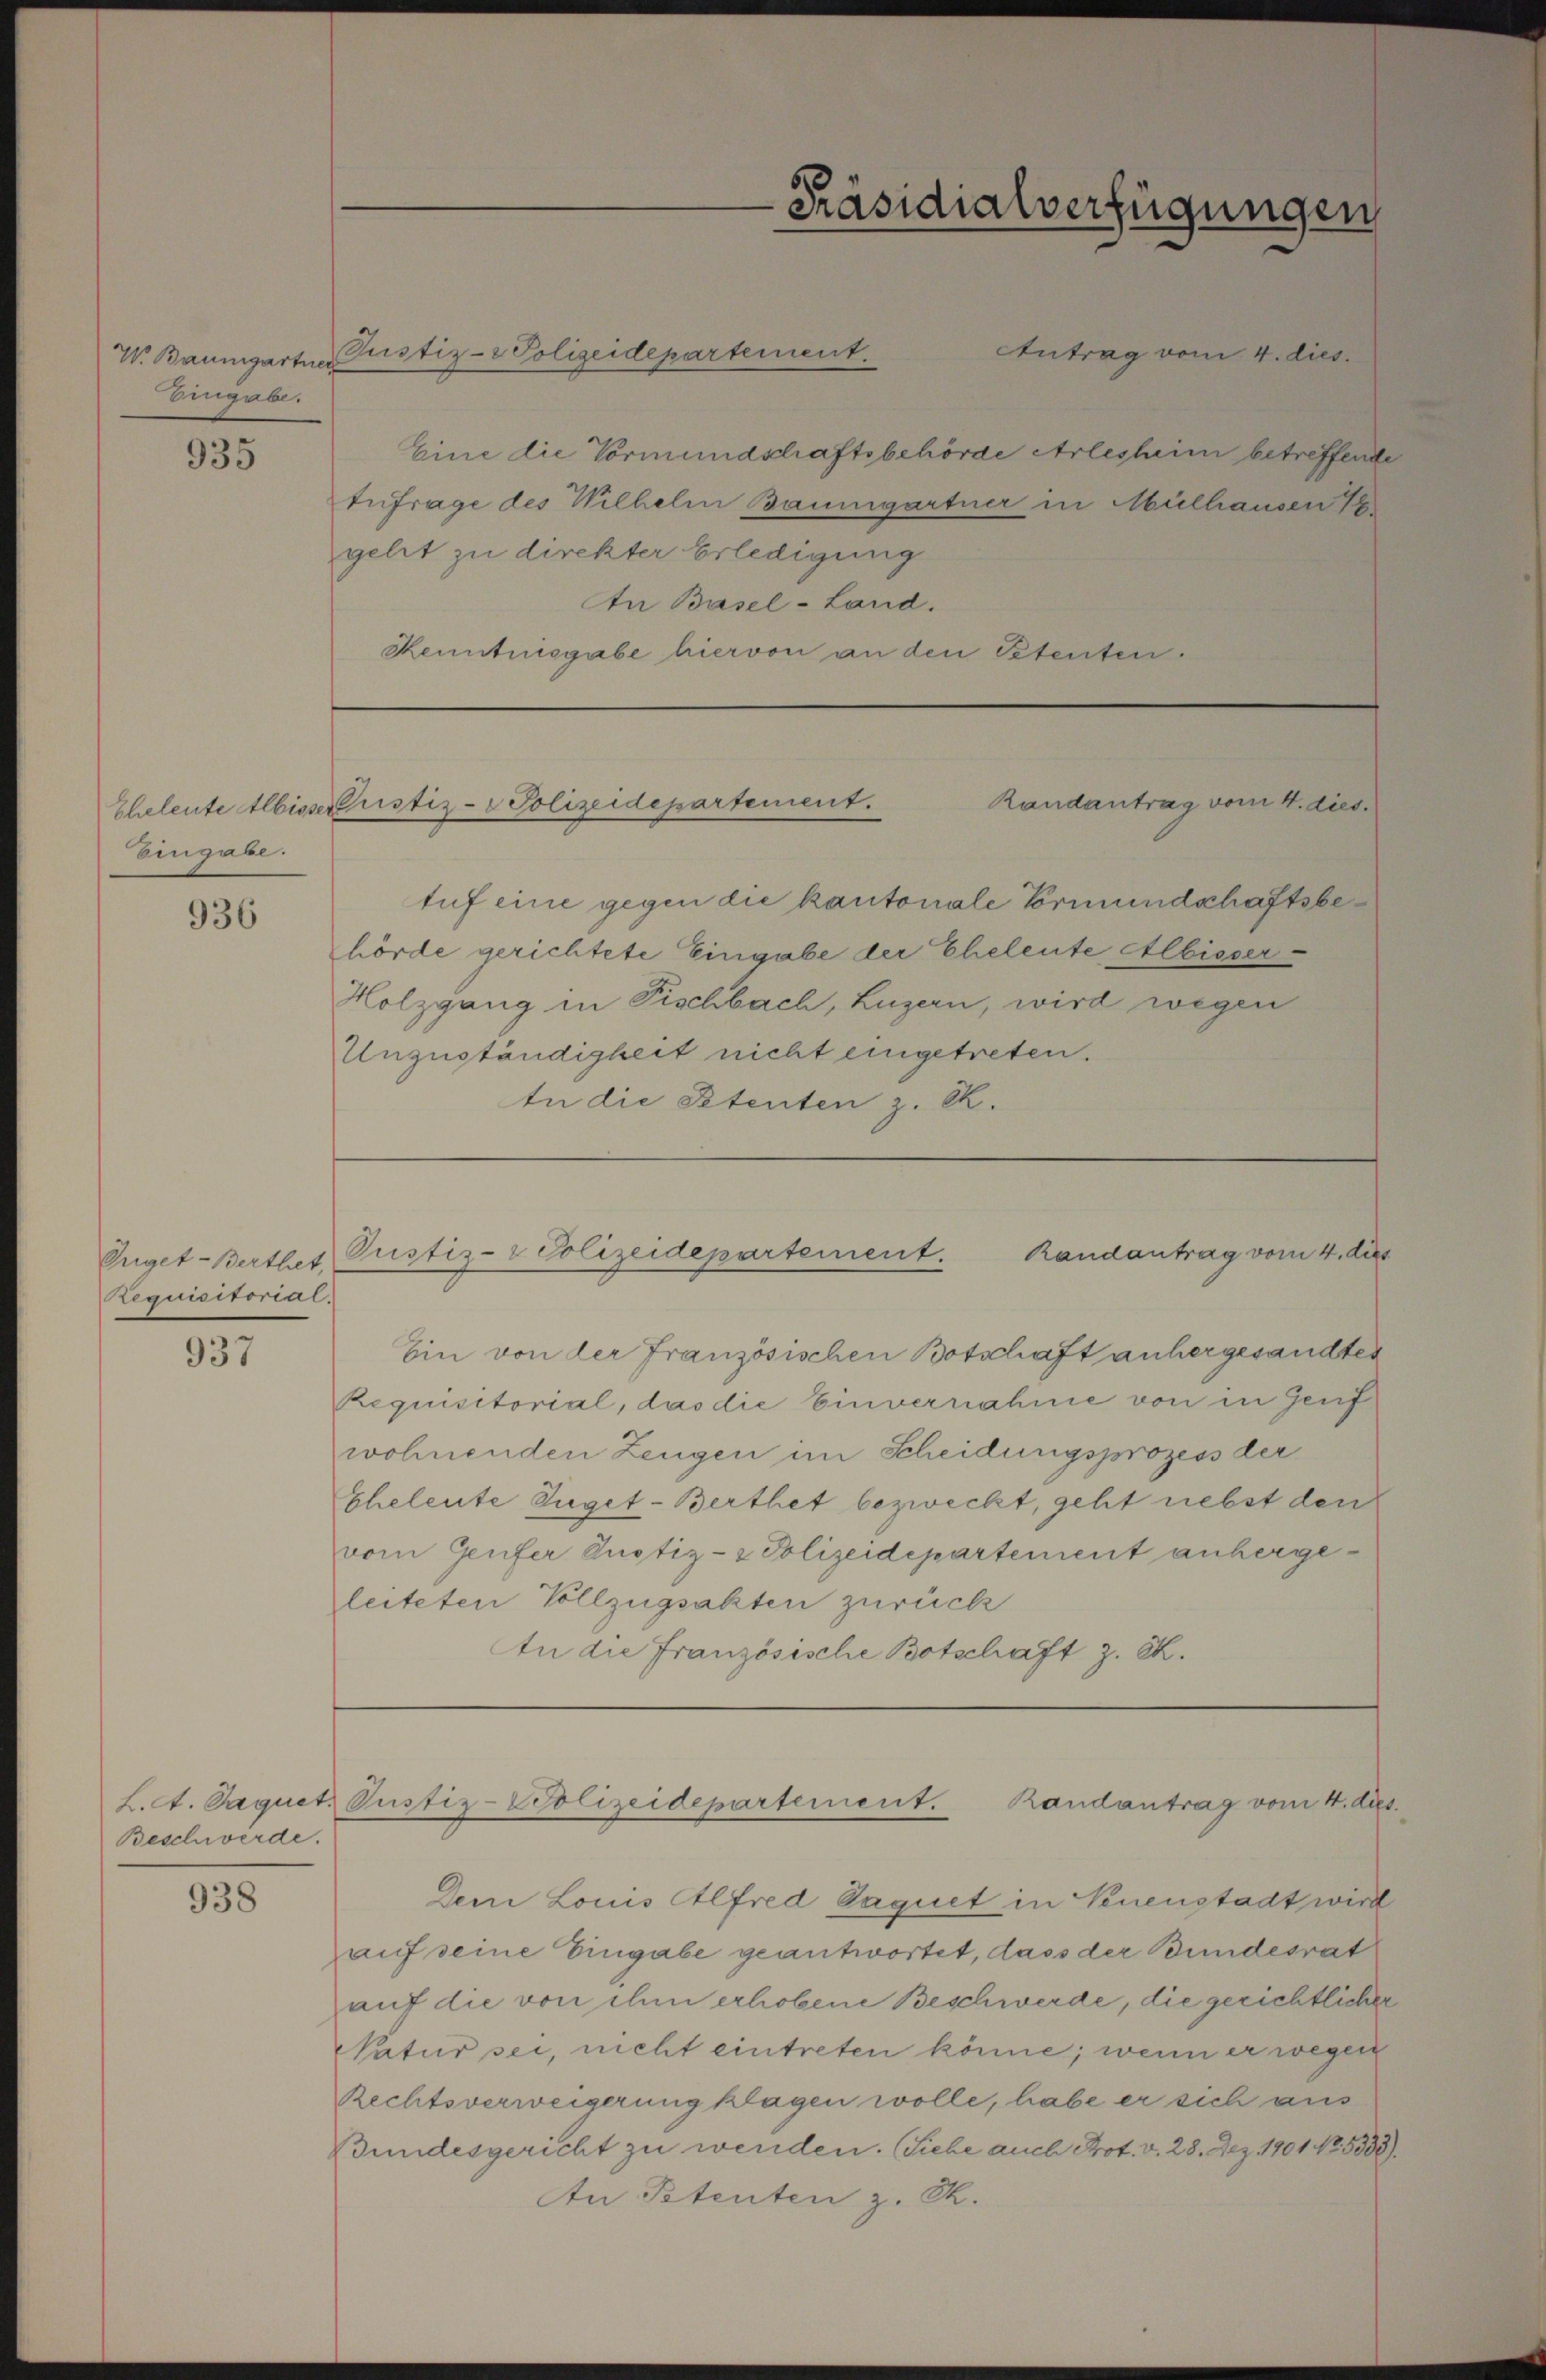
Eingabe.

935

Eingabe.

936

Requisitorial.

937

Beschwerde.

938

Antrag vom 4. dies
Eine die Vormundschaftsbehörde Arlesheim betreffende
Eufrage des Wilhelm Baumgartner in Mülhausen 18
gelit zu direkter Erledigung
n Basel-Land.
Kenntnisgabe hiervon an den Petenten.

V. Baumgartner Pustiz- & Polizeidepartement.

tuf eine gegen die kantonale Vormundschaftsbehörde gerichtete Eingabe der Eheleute Albisser¬
Holzgang in Fischbach, Luzern, wird wegen
Unzuständigkeit nicht eingetreten.
tn die Stenten z. E.

Ein von der Französischen Botschaft anhergesandten
Requisitorial, das die Einvernahme von in Genf
wohnenden Zeugen im Scheidungsprozess der
Eheleute Juget-Berthet bezweckt, geht nebst den
vom Genfer Justiz- & Polizeidepartement anhergeleiteten Vollzugsakten zurück
An die Französische Botschaft z. K.

-Präsidialverfügungen

Randantrag vom 4. dies
Eheleute Albisser ustiz-Polizeidepartement.

Süget-Berthes, Pustiz- & Polizeidepartement. Randantrag vom 4. dies

L. A. Saquet, Justiz-Polizeidepartement. Randantrag vom 4. ds.

Dem Louis Alfred Vaquet in Venenstadt wird
auf seine Eingabe geantwortet, dass der Bundesrat
auf die von ihm erhobene Beschwerde, die gerichtlicher
Natur sei, nicht eintreten könne; wenn er wegen
Rechtsverweigerung klagen wolle, habe er sich aus
Bundesgericht zu wenden. (Siehe auch Prot. v. 28. Dez. 1901 No 5838).
An Petenten z. B.